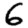
Digit: 6